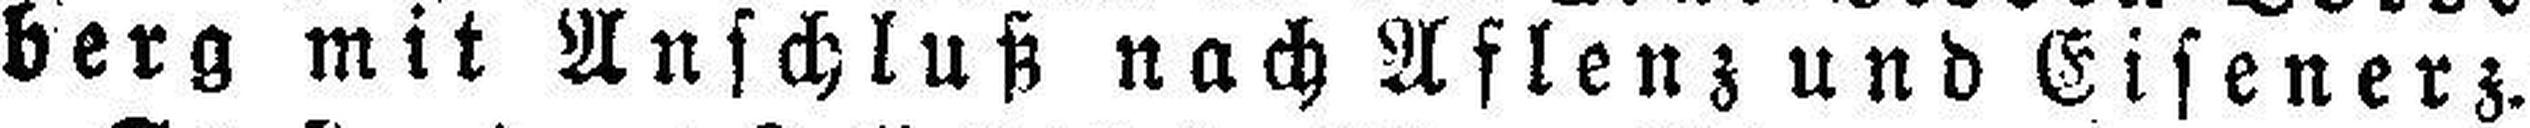
berg mit Anschluß nach Aflenz und Eisenerz.